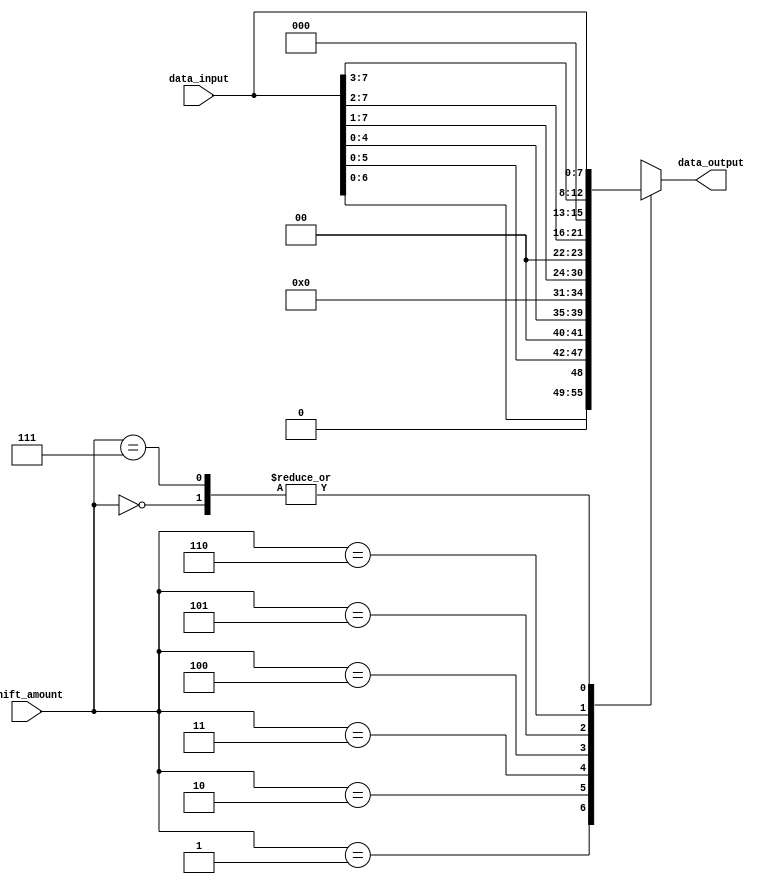
module Barrel_Shifter (
    input wire [7:0] data_input,
    input wire [2:0] shift_amount,
    output wire [7:0] data_output
);

reg [7:0] shifted_data;

always @(*) begin
    case (shift_amount)
        3'b000: shifted_data = data_input; // no shift
        3'b001: shifted_data = data_input << 1; // shift left by 1
        3'b010: shifted_data = data_input << 2; // shift left by 2
        3'b011: shifted_data = data_input << 3; // shift left by 3
        3'b100: shifted_data = data_input >> 1; // shift right by 1
        3'b101: shifted_data = data_input >> 2; // shift right by 2
        3'b110: shifted_data = data_input >> 3; // shift right by 3
        3'b111: shifted_data = data_input; // no shift
    endcase
end

assign data_output = shifted_data;

endmodule